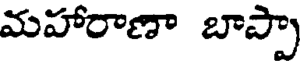
మహారాణా బాప్పా